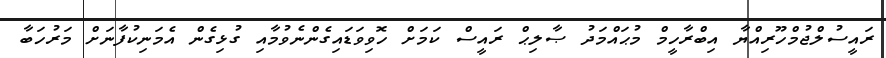
ރައީސުލްޖުމްހޫރިއްޔާ އިބްރާހީމް މުޙައްމަދު ޞާލިޙް ރައީސް ކަމަށް ހޮވިވަޑައިގެންނެވުމާއި ގުޅިގެން އެމަނިކުފާނަށް މަރުހަބާ